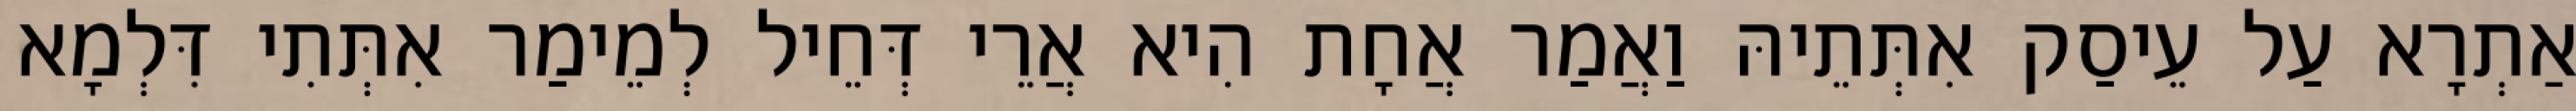
אַתְרָא עַל עֵיסַק אִתְּתֵיהּ וַאֲמַר אֲחָת הִיא אֲרֵי דְּחֵיל לְמֵימַר אִתְּתִי דִּלְמָא